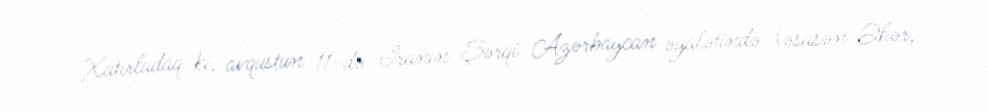
Xatırladaq ki, avqustun 11-də İranın Şərqi Azərbaycan əyalətində (əsasən Əhər,